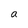
Character: a